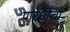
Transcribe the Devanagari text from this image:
पारधींचा